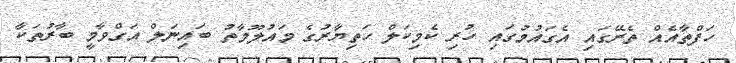
ހަފްތާއެއް ތެރޭގައި އެގައުމުގައި ހުރި ކެމިކަލް ހަތިޔާރުގެ މައުލޫމާތު ބައިނަލް އަގްވާމީ ބާރުތަކާ